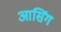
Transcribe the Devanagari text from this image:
आसिंग